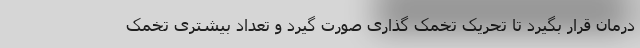
درمان قرار بگیرد تا تحریک تخمک گذاری صورت گیرد و تعداد بیشتری تخمک